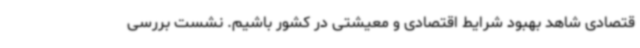
قتصادی شاهد بهبود شرایط اقتصادی و معیشتی در کشور باشیم. نشست بررسی